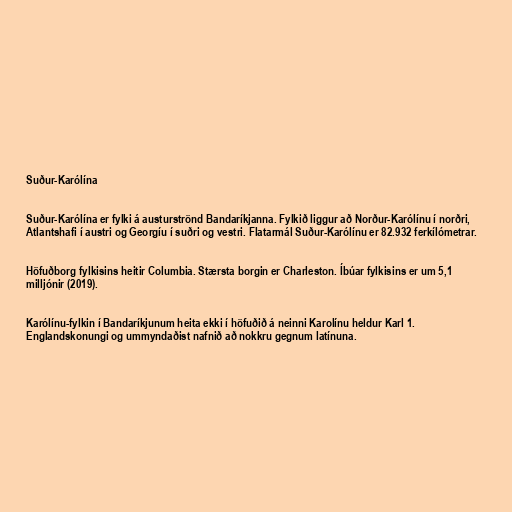
Suður-Karólína

Suður-Karólína er fylki á austurströnd Bandaríkjanna. Fylkið liggur að Norður-Karólínu í norðri,
Atlantshafi í austri og Georgíu í suðri og vestri. Flatarmál Suður-Karólínu er 82.932 ferkílómetrar.

Höfuðborg fylkisins heitir Columbia. Stærsta borgin er Charleston. Íbúar fylkisins er um 5,1
milljónir (2019).

Karólínu-fylkin í Bandaríkjunum heita ekki í höfuðið á neinni Karolínu heldur Karl 1.
Englandskonungi og ummyndaðist nafnið að nokkru gegnum latínuna.